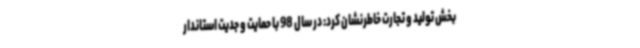
بخش تولید و تجارت خاطرنشان کرد: در سال 98 با حمایت و جدیت استاندار